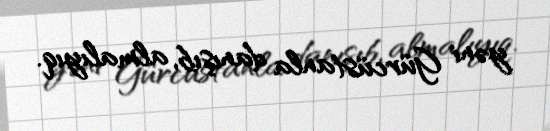
yəni Gürcüstanla danışıb, almalıyıq.